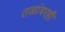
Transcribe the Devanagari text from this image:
तळांवरही